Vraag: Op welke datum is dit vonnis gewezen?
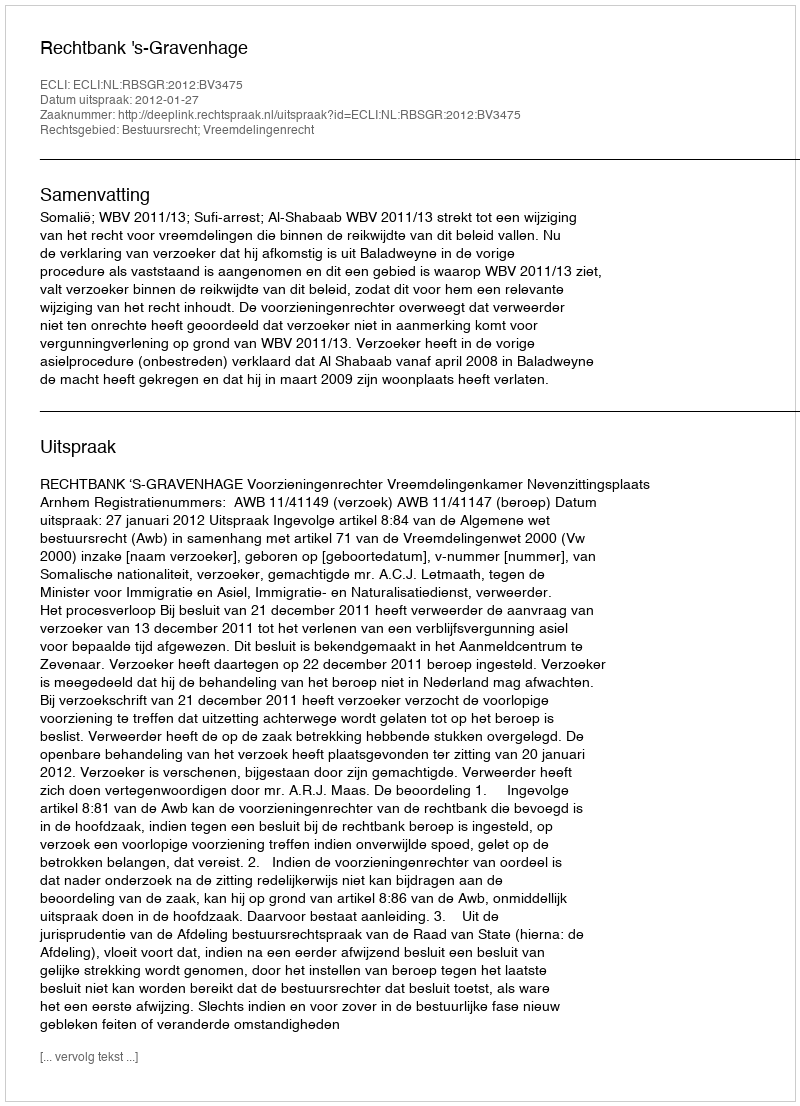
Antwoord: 2012-01-27